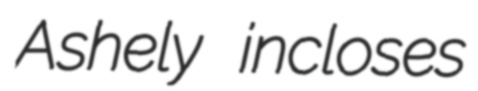
Ashely incloses